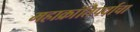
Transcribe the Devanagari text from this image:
महाक्रांतिपर्वाचा